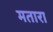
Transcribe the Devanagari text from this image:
मतारा